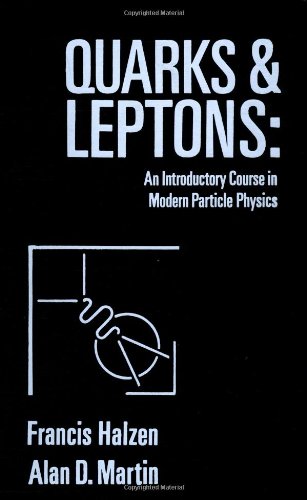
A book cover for Quarks and Leptons: An Introductory Course in Modern Particle Physics; Francis Halzen; Science & Math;